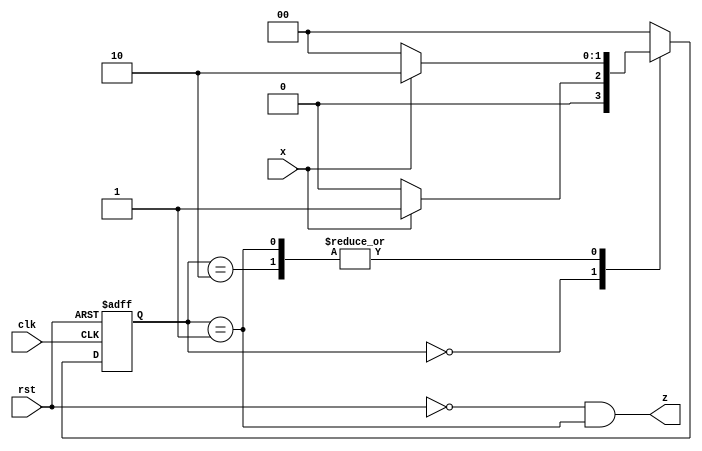
`timescale 1ns / 1ps

module rising_edge_detector(clk,rst,x,z);
input clk;
input rst;
input x;
output z;
reg [1:0] state, next_state;
parameter [1:0] A=2'b00,B=2'b01,C=2'b10;
always @* begin
    case(state)
        A:begin if(x==0)
            next_state = A;
            else
            next_state= B;
          end
       B:begin if(x==0)
            next_state= A;
            else
            next_state= C;
         end
       C:begin if(x==0)
            next_state= A;
            else
            next_state= C;
         end 
       default: next_state=A;           
     endcase   
end

always @(posedge clk or posedge rst)begin
    if(rst)
        state <=A;
    else
        state <= next_state;
end        
   
assign z= (rst!=1 && state==B);            
endmodule